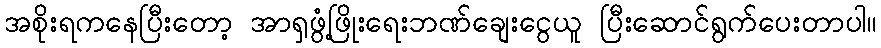
အစိုးရကနေပြီးတော့ အာရှဖွံ့ဖြိုးရေးဘဏ်ချေးငွေယူ ပြီးဆောင်ရွက်ပေးတာပါ။